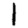
Digit: 1